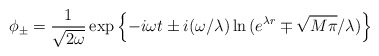
\begin{align*}\phi_\pm = \frac{1}{\sqrt{2\omega}} \exp\left\{-i\omega t \pm i(\omega/\lambda)\ln{(e^{\lambda r} \mp \sqrt{M\pi}/\lambda)}\right\}\end{align*}